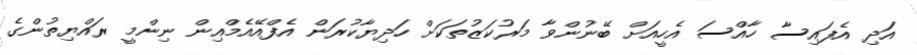
އަދި އެފައިސާ ހާއްސަ އެހީއަށް ބޭނުންވާ މަރުކަޒުތަކަށް ހަދިޔާކުރަން އެފްއޭއެމްއިން ނިންމީ ރައްޔިތުންގެ